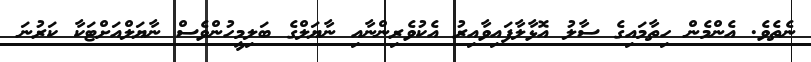
ނެތެވެ. އެންމެން ހިތާމައިގެ ސާލު އޮޅާލާފައިވާއިރު އެކުވެރިންނާއި ނާޔަލްގެ ބަލިމީހުންވެސް ނާޔަލްއަށްޓަކާ ކަރުނަ